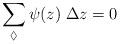
LaTeX: \begin{align*}\sum_{\lozenge}\psi(z)\;\Delta z = 0\end{align*}